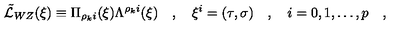
\tilde { \cal L } _ { W Z } ( \xi ) \equiv \Pi _ { \rho _ { k } i } ( \xi ) \Lambda ^ { \rho _ { k } i } ( \xi ) \quad , \quad \xi ^ { i } = ( \tau , { \bf \sigma } ) \quad , \quad i = 0 , 1 , \dots , p \quad , \quad